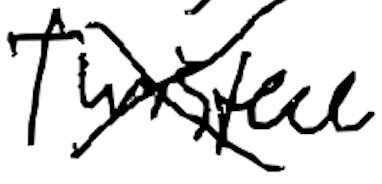
Text: Twisted
Cross-out: cross
Writing tool: digital_black